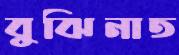
বুঝিনাত